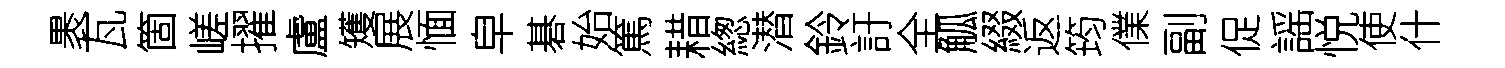
褁瓦箇嵯擢盧矱展愐皁碁始篤耤緫潜鈴訏全觚綴返筠㒒副促謡悦使什